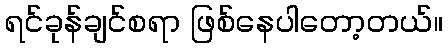
ရင်ခုန်ချင်စရာ ဖြစ်နေပါတော့တယ်။